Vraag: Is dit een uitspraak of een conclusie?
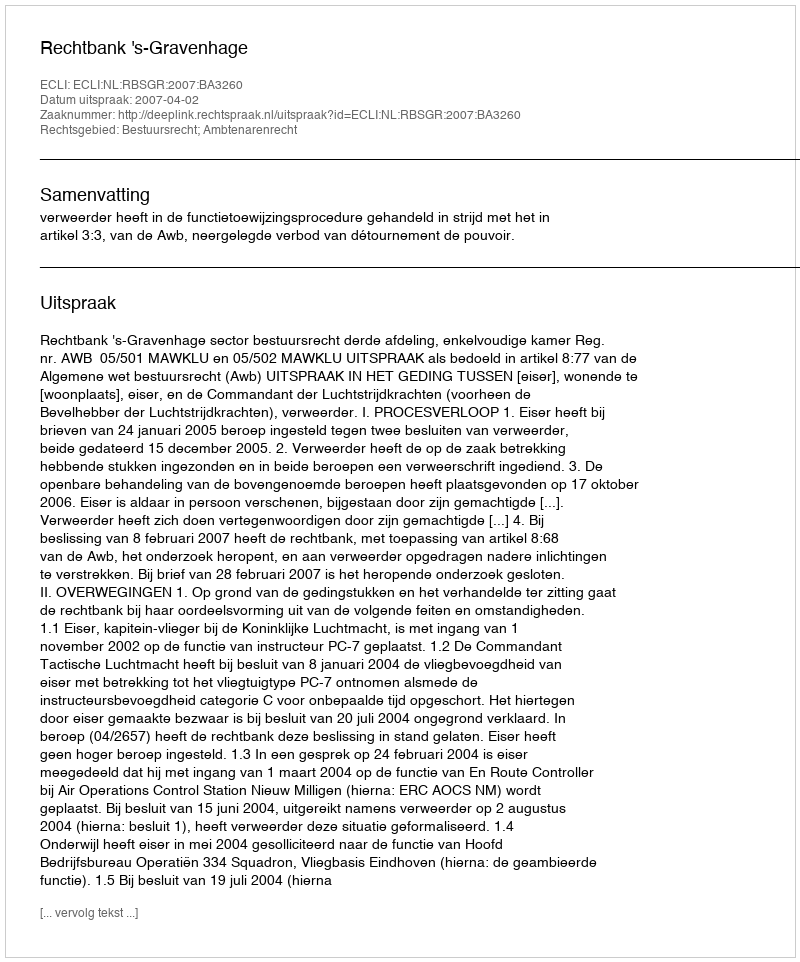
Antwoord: Uitspraak